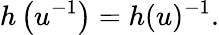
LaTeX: h\left(u^{-1}\right)=h(u)^{-1}.